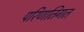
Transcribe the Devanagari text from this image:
परिणतिगत